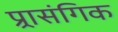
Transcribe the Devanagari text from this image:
प्र्रासंगिक